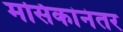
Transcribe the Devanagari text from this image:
मसिकांनंतर